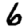
Digit: 6